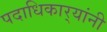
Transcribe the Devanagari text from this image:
पदाधिकार्‍यांनी